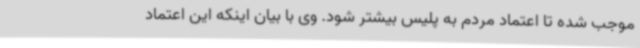
موجب شده تا اعتماد مردم به پلیس بیشتر شود. وی با بیان اینکه این اعتماد